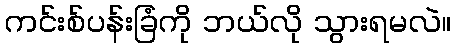
ကင်းစ်ပန်းခြံကို ဘယ်လို သွားရမလဲ။